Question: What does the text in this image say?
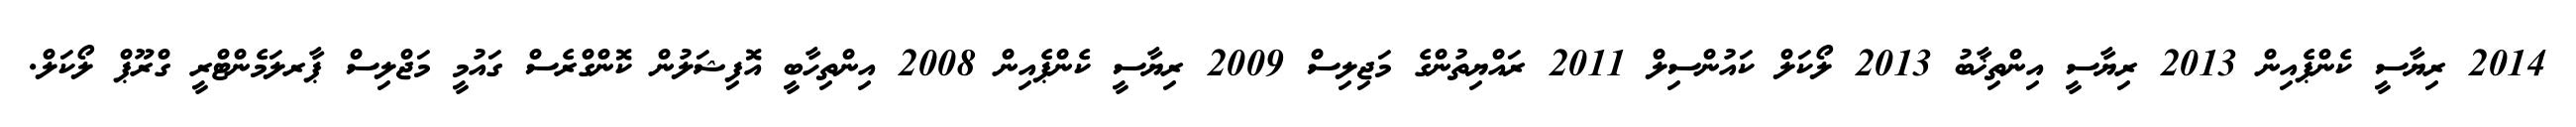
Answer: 2014 ރިޔާސީ ކެންޕެއިން 2013 ރިޔާސީ އިންތިޚާބު 2013 ލޯކަލް ކައުންސިލް 2011 ރައްޔިތުންގެ މަޖިލިސް 2009 ރިޔާސީ ކެންޕެއިން 2008 އިންތިހާބީ އޮފިޝަލުން ކޮންގްރެސް ގައުމީ މަޖްލިސް ޕާރލަމެންޓްރީ ގްރޫޕް ލޯކަލް.